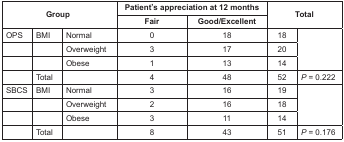
| <ROWSPAN=2-COLSPAN=3> Group | <COLSPAN=2> Patient’s appreciation at 12 months | <ROWSPAN=2-COLSPAN=2> Total |
 | Fair | Good/Excellent |
 | --- | --- | --- | --- | --- | --- | --- |
 | OPS | BMI | Normal | 0 | 18 | 18 | <ROWSPAN=3>  |
 |  |  | Overweight | 3 | 17 | 20 |
 |  |  | Obese | 1 | 13 | 14 |
 |  | Total |  | 4 | 48 | 52 | P = 0.222 |
 | SBCS | BMI | Normal | 3 | 16 | 19 | <ROWSPAN=3>  |
 |  |  | Overweight | 2 | 16 | 18 |
 |  |  | Obese | 3 | 11 | 14 |
 |  | Total |  | 8 | 43 | 51 | P = 0.176 |